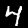
Label: 4